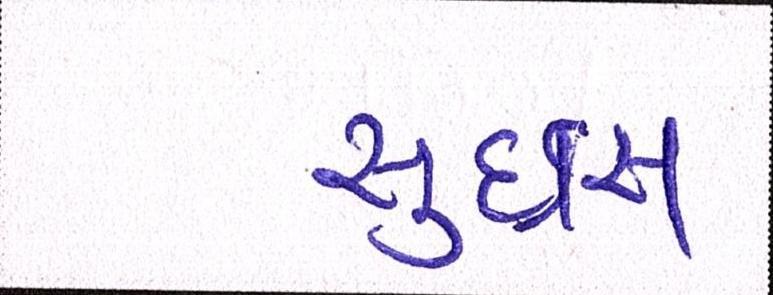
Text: સુઇસ